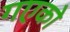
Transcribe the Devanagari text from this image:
गएको